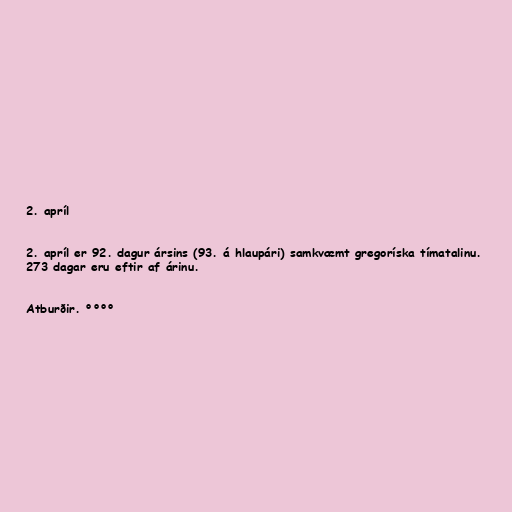
2. apríl

2. apríl er 92. dagur ársins (93. á hlaupári) samkvæmt gregoríska tímatalinu.
273 dagar eru eftir af árinu.

Atburðir. °°°°